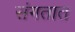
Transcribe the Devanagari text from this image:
संगतात